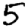
Digit: 5